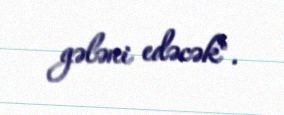
gələni edəcək".